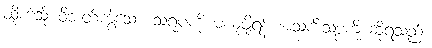
ထိုကဲ့သို့ ဝိဘတ်ကွဲသော သရူပကို မယူဖို့ရန် အသကိံသဒ္ဒါကို ဆိုရသည်။